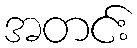
အတင်း